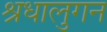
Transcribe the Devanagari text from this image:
श्रधालुगन